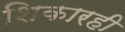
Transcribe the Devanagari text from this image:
शिकारही